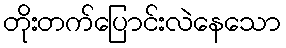
တိုးတက်ပြောင်းလဲနေသော